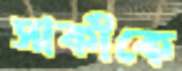
সাকীকে